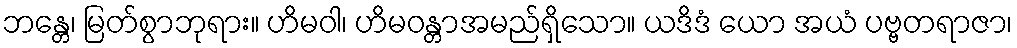
ဘန္တေ၊ မြတ်စွာဘုရား။ ဟိမဝါ၊ ဟိမဝန္တာအမည်ရှိသော။ ယဒိဒံ ယော အယံ ပဗ္ဗတရာဇာ၊